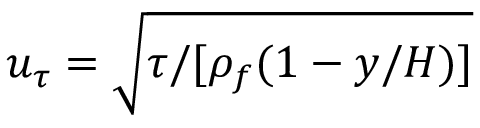
u _ { \tau } = \sqrt { \tau / [ \rho _ { f } ( 1 - y / H ) ] }